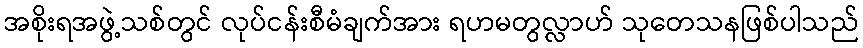
အစိုးရအဖွဲ့သစ်တွင် လုပ်ငန်းစီမံချက်အား ရဟမတွလ္လာဟ် သုတေသနဖြစ်ပါသည်